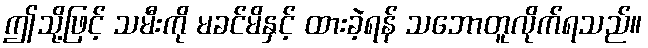
ဤသို့ဖြင့် သမီးကို မခင်မိနှင့် ထားခဲ့ရန် သဘောတူလိုက်ရသည်။